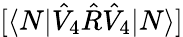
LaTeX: [\langle N|\hat{V}_{4}\hat{R}\hat{V}_{4}|N\rangle]